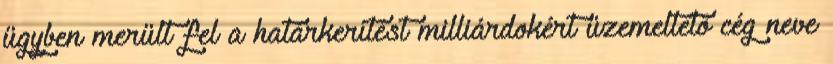
ügyben merült fel a határkerítést milliárdokért üzemeltető cég neve